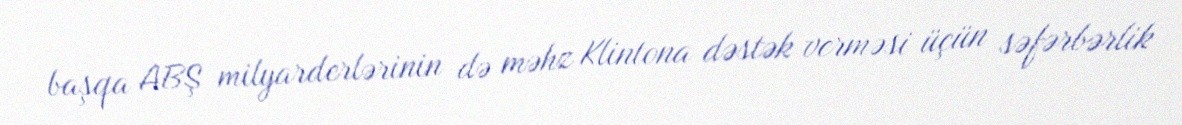
başqa ABŞ milyarderlərinin də məhz Klintona dəstək verməsi üçün səfərbərlik